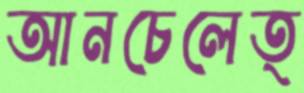
আনচেলেত্